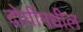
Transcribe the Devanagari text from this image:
दोघींमधील